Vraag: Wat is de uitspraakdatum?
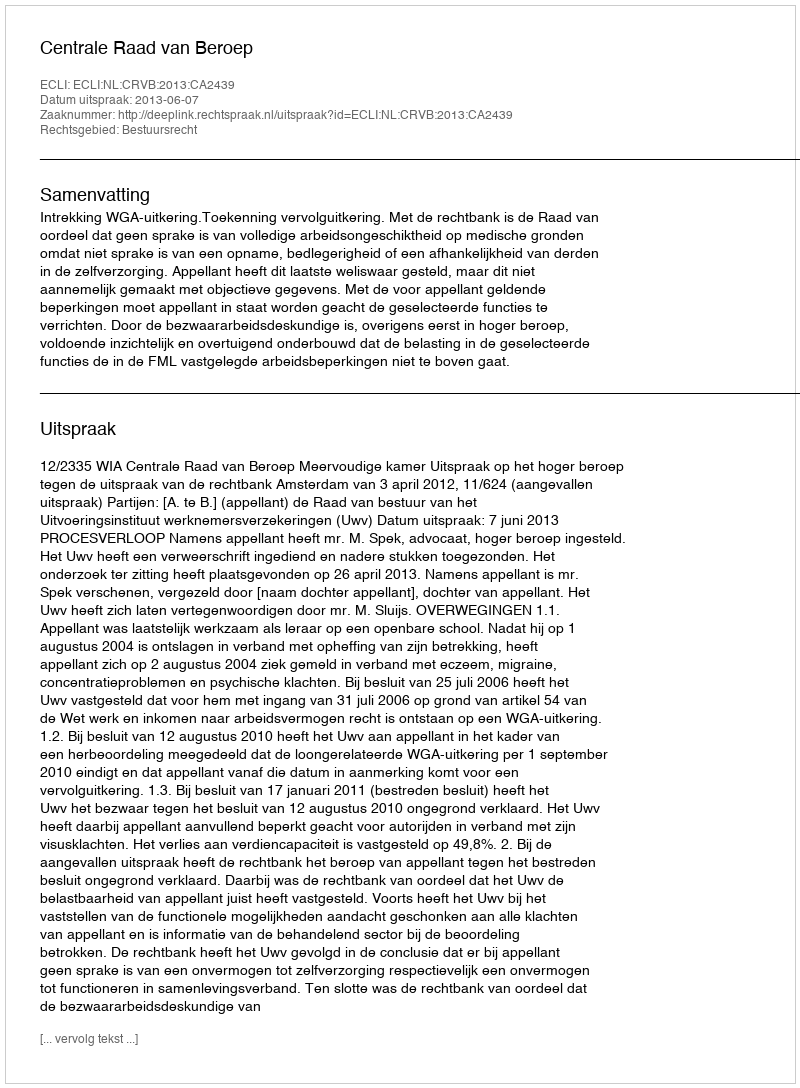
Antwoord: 2013-06-07